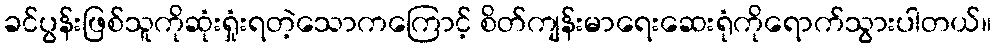
ခင်ပွန်းဖြစ်သူကိုဆုံးရှုံးရတဲ့သောကကြောင့် စိတ်ကျန်းမာရေးဆေးရုံကိုရောက်သွားပါတယ်။